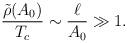
LaTeX: \begin{align*}\frac{\tilde{\rho}(A_0)}{T_c}\sim \frac{\ell}{A_0}\gg 1.\end{align*}